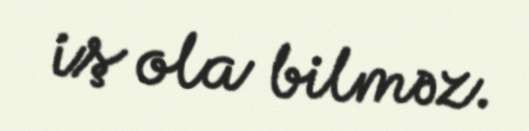
iş ola bilməz.